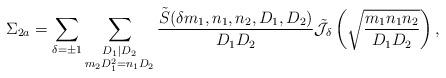
LaTeX: \begin{align*}\Sigma_{2a} = \sum \limits_{\delta = \pm 1} \sum \limits_{\substack{D_1 | D_2 \\ m_2 D_1^2 = n_1 D_2}} \frac{\tilde{S}(\delta m_1, n_1, n_2, D_1, D_2)}{D_1 D_2} \tilde{\mathcal{J}}_{\delta} \left(\sqrt{\frac{m_1 n_1 n_2}{D_1 D_2}}\right),\end{align*}